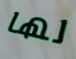
لها